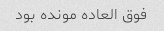
فوق العاده مونده بود